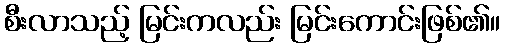
စီးလာသည့် မြင်းကလည်း မြင်းကောင်းဖြစ်၏။